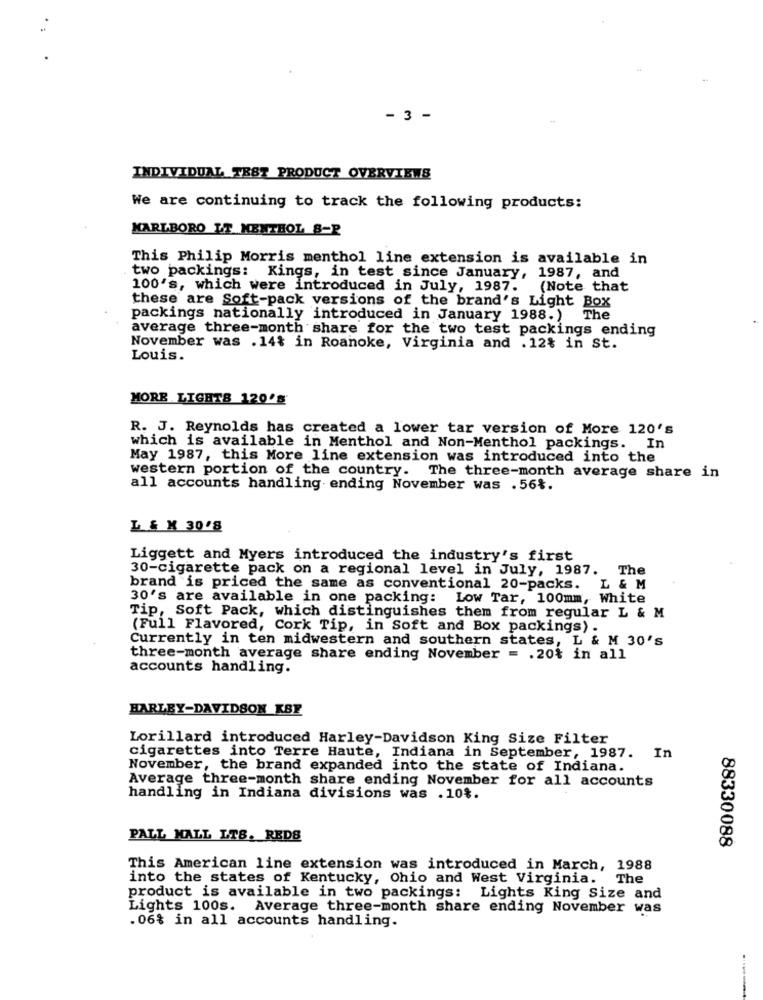
- 3 -
INDIVIDUAL TEST PRODUCT OVERVIEWS
We are continuing to track the following products:
MARLBORO LT MENTHOL S=P
This Philip Morris menthol line extension is available in
two packings: Kings, in test since January, 1987, and
100's, which were introduced in July, 1987. (Note that
these are Soft-pack versions of the brand's Light Box
packings nationally introduced in January 1988.)
The
average three-month share for the two test packings ending
November was .14% in Roanoke, Virginia and .12% in St.
Louis.
MORE LIGHTS 120's
R. J. Reynolds has created a lower tar version of More 120's
which is available in Menthol and Non-Menthol packings. In
May 1987, this More line extension was introduced into the
western portion of the country. The three-month average share in
all accounts handling ending November was . 56%.
L & M 30'8
Liggett and Myers introduced the industry's first
30-cigarette pack on a regional level in July, 1987. The
brand is priced the same as conventional 20-packs. L & M
30's are available in one packing: Low Tar, 100mm, White
Tip, Soft Pack, which distinguishes them from regular L & M
(Full Flavored, Cork Tip, in Soft and Box packings) .
Currently in ten midwestern and southern states, L & M 30's
three-month average share ending November = . 20% in all
accounts handling.
HARLEY-DAVIDSON KBF
Lorillard introduced Harley-Davidson King Size Filter
cigarettes into Terre Haute, Indiana in September, 1987. In
November, the brand expanded into the state of Indiana.
Average three-month share ending November for all accounts
handling in Indiana divisions was .10%.
PALL MALL LTB. REDS
88330088
This American line extension was introduced in March, 1988
into the states of Kentucky, Ohio and West Virginia. The
product is available in two packings: Lights King Size and
Lights 100s. Average three-month share ending November was
.06% in all accounts handling.